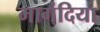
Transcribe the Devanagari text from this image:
मागंदिया